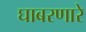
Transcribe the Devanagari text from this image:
घाबरणारे